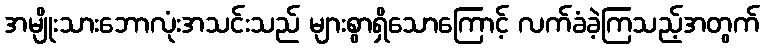
အမျိုးသားဘောလုံးအသင်းသည် များစွာရှိသောကြောင့် လက်ခံခဲ့ကြသည့်အတွက်